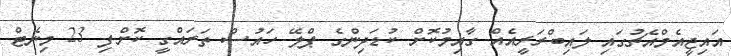
އައިޖީއެމްއެޗުގައި ލައިބްރަރީއެއް ގާއިމުކޮށް ކުޑަދިންގެ ޕްލޭ ހައުސް ތަރައްގީ ކޮށްފި 23 މިނެޓް